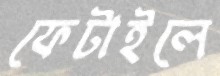
ফেটাইলে